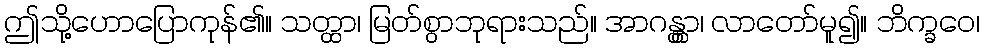
ဤသို့ဟောပြောကုန်၏။ သတ္ထာ၊ မြတ်စွာဘုရားသည်။ အာဂန္တွာ၊ လာတော်မူ၍။ ဘိက္ခဝေ၊